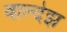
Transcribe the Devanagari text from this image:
वाल्देझ